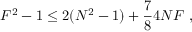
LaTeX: F ^ { 2 } - 1 \le 2 ( N ^ { 2 } - 1 ) + \frac { 7 } { 8 } 4 N F \ ,